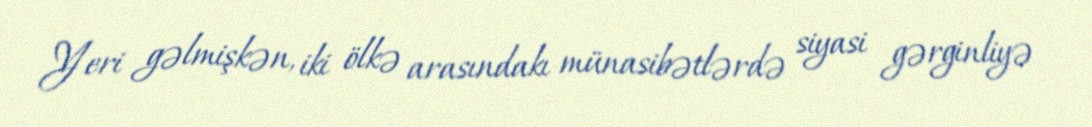
Yeri gəlmişkən, iki ölkə arasındakı münasibətlərdə siyasi gərginliyə